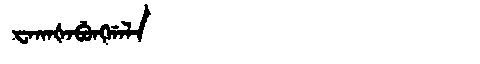
Manchu: ᠸᠠᡴᠠᡧᠠᠪᡠᠩᡤᠠᠯᠠ
Romanization: WAKAŠABUNGGALA